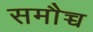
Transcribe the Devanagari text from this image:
समौच्च